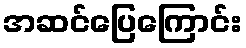
အဆင်ပြေကြောင်း